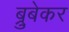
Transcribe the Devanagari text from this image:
ब्रुबेकर